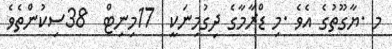
މ .ޔާގޫތުގެ އެވެ .މި ޑްރާމާގެ ދިގުމިނަކީ  17މިނިޓް  38ސިކުންތެވެ